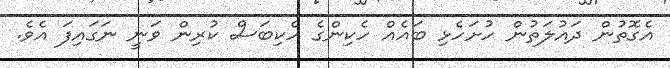
އެގޮތުން ދައުލަތުން ހުށަހެޅި ބައެއް ހެކިންގެ ހެކިބަސް ކުރިން ވަނީ ނަގައިފަ އެވެ.